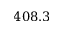
4 0 8 . 3